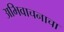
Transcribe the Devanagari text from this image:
अभिवाचनाचा